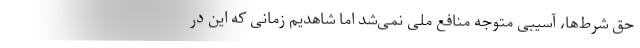
حق شرط‌ها، آسیبی متوجه منافع ملی نمی‌شد اما شاهدیم زمانی که این در